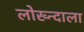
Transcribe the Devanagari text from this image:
लोख्न्दाला